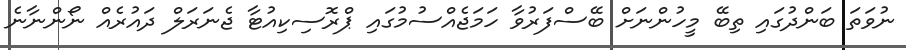
ނުވަތަ ބަންދުގައި ތިބޭ މީހުންނަށް ބޭސްފަރުވާ ހަމަޖެއްސުމުގައި ޕްރޮސިކިއުޓާ ޖެނަރަލް ދައުރެއް ނޯންނާނެ